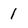
Character: 1